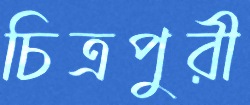
চিত্রপুরী